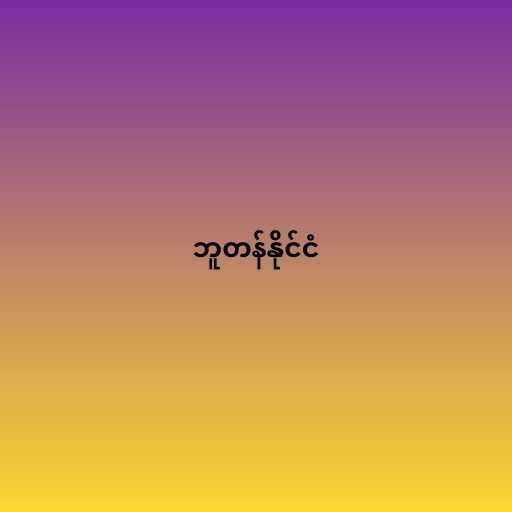
ဘူတန်နိုင်ငံ